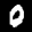
Label: 0